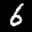
Label: 6